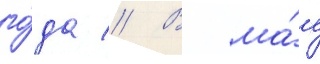
го́да // В ма́е